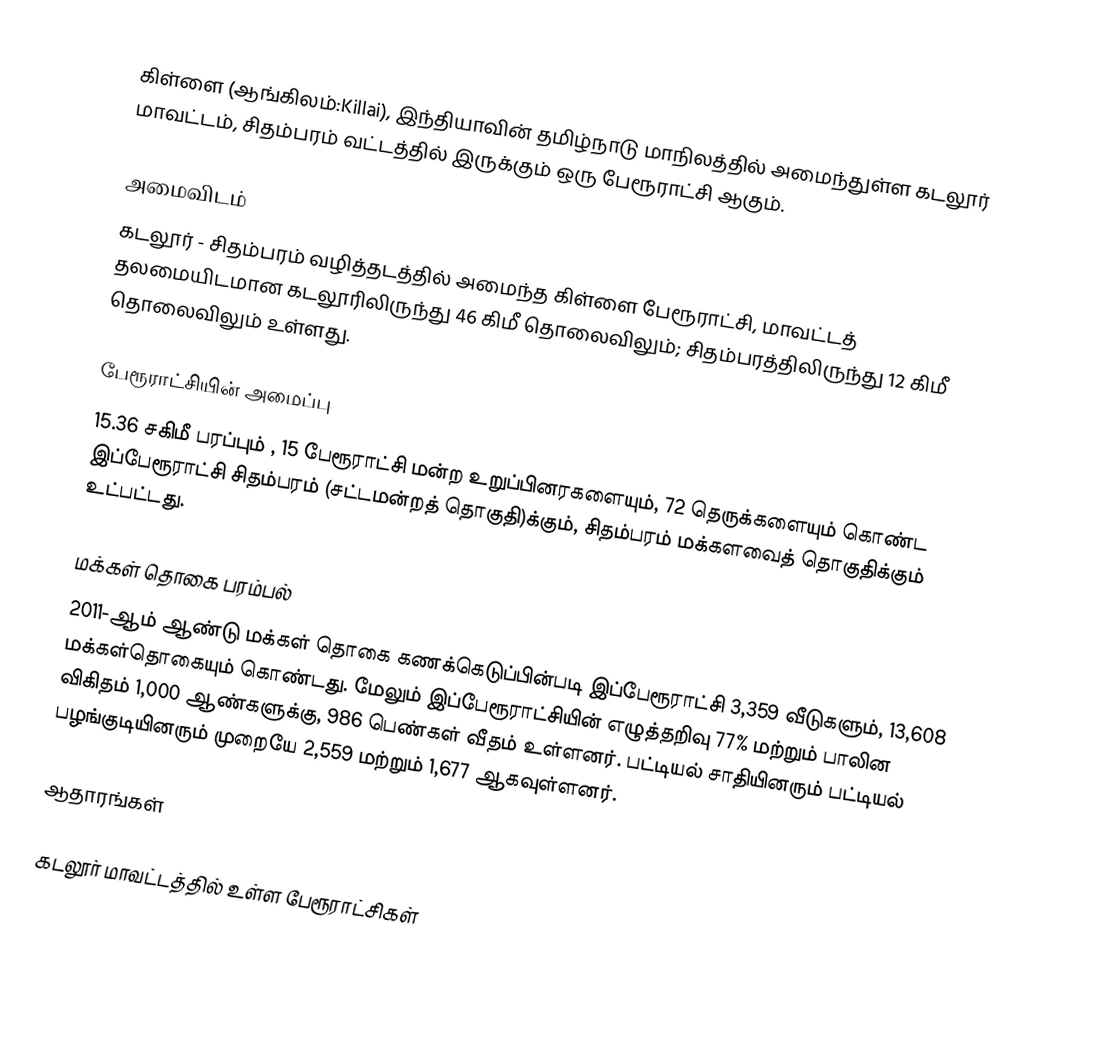
கிள்ளை (ஆங்கிலம்:Killai), இந்தியாவின் தமிழ்நாடு மாநிலத்தில் அமைந்துள்ள கடலூர் மாவட்டம், சிதம்பரம் வட்டத்தில் இருக்கும் ஒரு பேரூராட்சி ஆகும்.

அமைவிடம்
கடலூர் - சிதம்பரம் வழித்தடத்தில் அமைந்த கிள்ளை பேரூராட்சி, மாவட்டத் தலமையிடமான கடலூரிலிருந்து 46 கிமீ தொலைவிலும்; சிதம்பரத்திலிருந்து 12 கிமீ தொலைவிலும் உள்ளது.

பேரூராட்சியின் அமைப்பு
15.36 சகிமீ பரப்பும் , 15 பேரூராட்சி மன்ற உறுப்பினரகளையும், 72 தெருக்களையும் கொண்ட  இப்பேரூராட்சி சிதம்பரம் (சட்டமன்றத் தொகுதி)க்கும், சிதம்பரம் மக்களவைத் தொகுதிக்கும் உட்பட்டது.

மக்கள் தொகை பரம்பல்
2011-ஆம் ஆண்டு மக்கள் தொகை கணக்கெடுப்பின்படி   இப்பேரூராட்சி     3,359  வீடுகளும், 13,608 மக்கள்தொகையும் கொண்டது. மேலும் இப்பேரூராட்சியின் எழுத்தறிவு 77% மற்றும்  பாலின விகிதம் 1,000 ஆண்களுக்கு, 986  பெண்கள் வீதம் உள்ளனர். பட்டியல் சாதியினரும் பட்டியல் பழங்குடியினரும் முறையே  2,559 மற்றும் 1,677 ஆகவுள்ளனர்.

ஆதாரங்கள்

கடலூர் மாவட்டத்தில் உள்ள பேரூராட்சிகள்